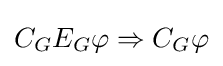
C_{G}E_{G}\varphi \Rightarrow C_{G}\varphi